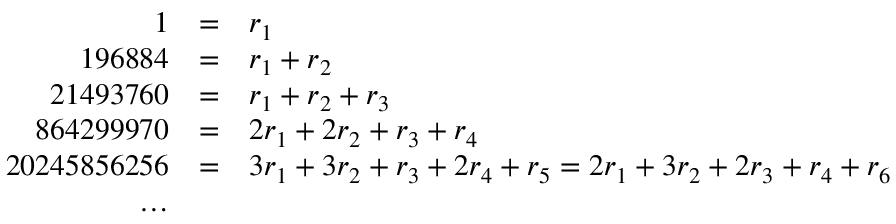
\begin{array} { r c l } { 1 } & { = } & { r _ { 1 } } \\ { 1 9 6 8 8 4 } & { = } & { r _ { 1 } + r _ { 2 } } \\ { 2 1 4 9 3 7 6 0 } & { = } & { r _ { 1 } + r _ { 2 } + r _ { 3 } } \\ { 8 6 4 2 9 9 9 7 0 } & { = } & { 2 r _ { 1 } + 2 r _ { 2 } + r _ { 3 } + r _ { 4 } } \\ { 2 0 2 4 5 8 5 6 2 5 6 } & { = } & { 3 r _ { 1 } + 3 r _ { 2 } + r _ { 3 } + 2 r _ { 4 } + r _ { 5 } = 2 r _ { 1 } + 3 r _ { 2 } + 2 r _ { 3 } + r _ { 4 } + r _ { 6 } } \\ { \ldots } \end{array}